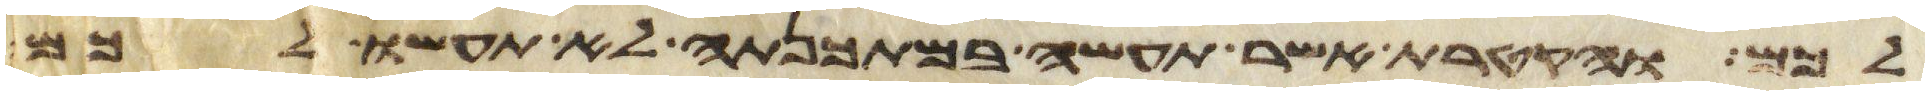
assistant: לכם והקטרת אשר תעשה במתכנתה לא תעשו לכם